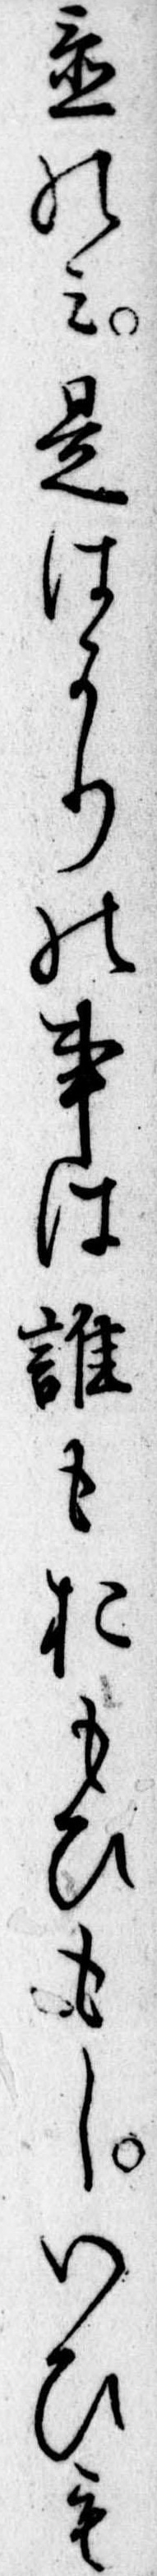
置のみ是はかりの事は誰もおもひもしいひも